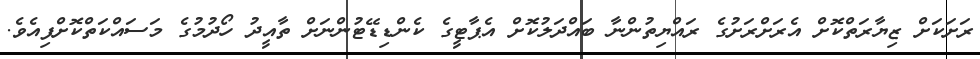
ރަށަކަށް ޒިޔާރަތްކޮށް އެރަށްރަށުގެ ރައްޔިތުންނާ ބައްދަލުކޮށް އެޕާޓީގެ ކެންޑިޑޭޓުންނަށް ތާއީދު ހޯދުމުގެ މަސައްކަތްކޮށްފިއެވެ.